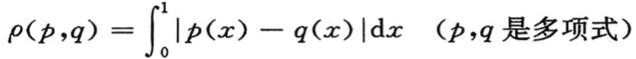
$\rho(p,q)=\int_{0}^{1}|p(x)-q(x)|\mathrm{d}x\quad$(p,q是多项式)